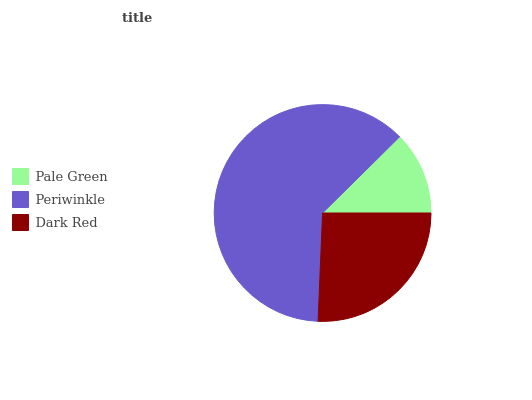
| Pale Green | Periwinkle | Dark Red |
 | --- | --- | --- |
 | 12.4% | 61.9% | 25.6% |